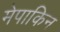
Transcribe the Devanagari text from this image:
मेपाकिन